Civil Veterinary Department ledger series I-VI
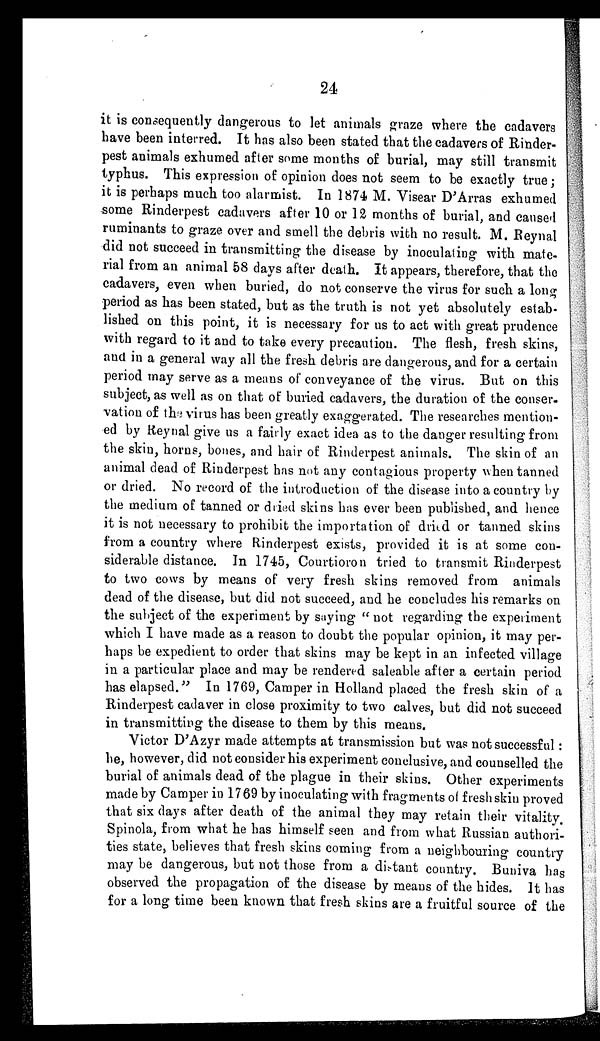
24
it is consequently dangerous to let animals graze where the cadavers
have been interred. It has also been stated that the cadavers of Rinder-
pest animals exhumed after some months of burial, may still transmit
typhus. This expression of opinion does not seem to be exactly true;
it is perhaps much too alarmist. In 1874 M. Visear D'Arras exhumed
some Rinderpest cadavers after 10 or 12 months of burial, and caused
ruminants to graze over and smell the debris with no result. M. Reynal
did not succeed in transmitting the disease by inoculating with mate-
rial from an animal 58 days after death. It appears, therefore, that the
cadavers, even when buried, do not conserve the virus for such a long
period as has been stated, but as the truth is not yet absolutely estab-
lished on this point, it is necessary for us to act with great prudence
with regard to it and to take every precaution. The flesh, fresh skins,
and in a general way all the fresh debris are dangerous, and for a certain
period may serve as a means of conveyance of the virus. But on this
subject, as well as on that of buried cadavers, the duration of the conser-
vation of the virus has been greatly exaggerated. The researches mention-
ed by Reynal give us a fairly exact idea as to the danger resulting from
the skin, horns, bones, and hair of Rinderpest animals. The skin of an
animal dead of Rinderpest has not any contagious property when tanned
or dried. No record of the introduction of the disease into a country by
the medium of tanned or dried skins has ever been published, and hence
it is not necessary to prohibit the importation of dried or tanned skins
from a country where Rinderpest exists, provided it is at some con-
siderable distance. In 1745, Courtioron tried to transmit Rinderpest
to two cows by means of very fresh skins removed from animals
dead of the disease, but did not succeed, and he concludes his remarks on
the subject of the experiment by saying " not regarding the experiment
which I have made as a reason to doubt the popular opinion, it may per-
haps be expedient to order that skins may be kept in an infected village
in a particular place and may be rendered saleable after a certain period
has elapsed." In 1769, Camper in Holland placed the fresh skin of a
Rinderpest cadaver in close proximity to two calves, but did not succeed
in transmitting the disease to them by this means.
Victor D'Azyr made attempts at transmission but was not successful :
he, however, did not consider his experiment conclusive, and counselled the
burial of animals dead of the plague in their skins. Other experiments
made by Camper in 1769 by inoculating with fragments of fresh skin proved
that six days after death of the animal they may retain their vitality.
Spinola, from what he has himself seen and from what Russian authori-
ties state, believes that fresh skins coming from a neighbouring country
may be dangerous, but not those from a distant country. Buniva has
observed the propagation of the disease by means of the hides. It has
for a long time been known that fresh skins are a fruitful source of the